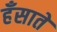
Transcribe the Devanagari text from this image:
हँसाते